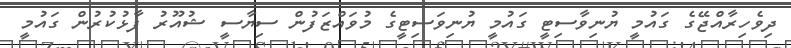
ދިވެހިރާއްޖޭގެ ގައުމީ ޔުނިވާސިޓީ ގައުމީ ޔުނިވަސިޓީގެ މުވައްޒަފުން ސިޔާސީ ޝުއޫރު ފާޅުކުރުން ގައުމީ